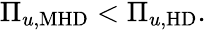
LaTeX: \begin{array}{r}{\Pi_{u,\mathrm{MHD}}<\Pi_{u,\mathrm{HD}}.}\end{array}